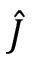
\hat { J }